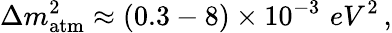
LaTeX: \Delta m_{\mathrm{{atm}}}^{2}\approx(0.3-8)\times 10^{-3}\, \, {eV^{2}}\, ,